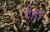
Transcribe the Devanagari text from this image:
ट्रेंडी